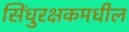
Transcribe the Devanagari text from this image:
सिंधुरक्षकमधील